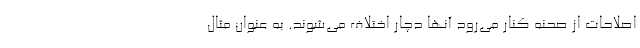
اصلاحات از صحنه کنار می‌رود آنها دچار اختلاف می‌شوند. به عنوان مثال